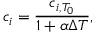
c _ { i } = { \frac { c _ { i , T _ { 0 } } } { 1 + \alpha \Delta T } } ,